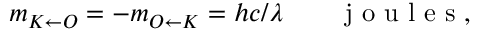
\begin{array} { r } { m _ { K \leftarrow O } = - m _ { O \leftarrow K } = h c / \lambda \qquad \mathrm { ~ j ~ o ~ u ~ l ~ e ~ s ~ } , } \end{array}